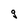
Character: g